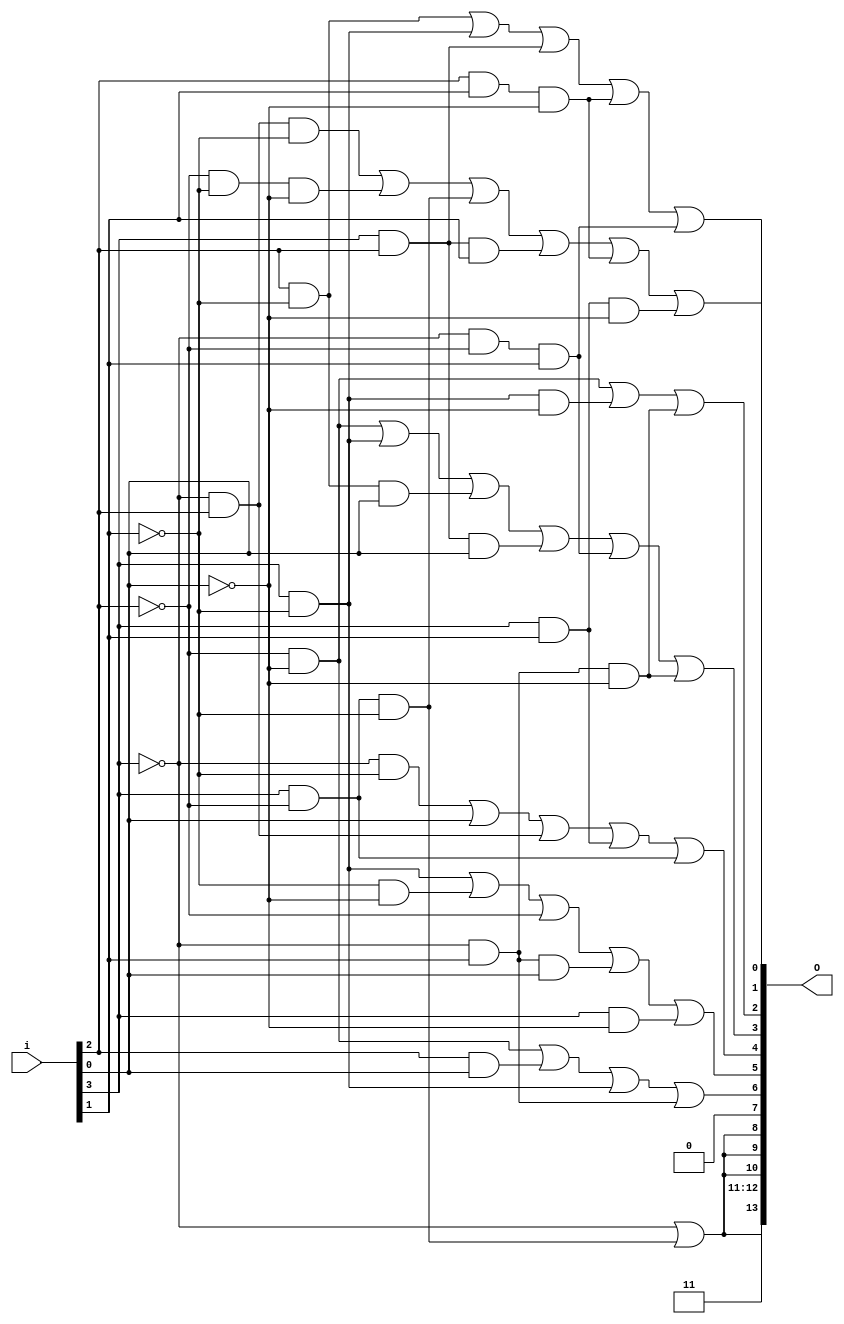
module BINtoDual7Seg(i, O);

// Decode 4 bit binary number from range 0..15
// to a dual 7 segment display signal.
//
// Input is a binary number with most significant
// number on the left position.
//
// Output is a vector with first 7 bits to higher
// order display, and second 7 to a second display.

input [3:0] i;
output [13:0] O;

wire w0;

assign
	w0    = ~i[3] | (i[3] & ~i[2] & ~i[1]),
	O[13] = w0,
	O[12] = 1,
	O[11] = 1,
	O[10] = w0,
	O[9]  = w0,
	O[8]  = w0,
	O[7]  = 0,
	
	O[6]  = (~i[2] & ~i[0]) | (i[2] & i[0]) | (i[3] & ~i[1]) | (~i[3] & i[1]),
	O[5]  = (i[3] & ~i[1]) | (~i[1] & ~i[0]) | ~i[2] |
		(~i[3] & i[1] & i[0]) | (i[3] & ~i[0]),
	O[4]  = (~i[3] & ~i[1]) | i[0] | (~i[3] & i[2]) | (i[3] & i[1]) | (i[3] & ~i[2]),
	O[3]  = (~i[2] & ~i[0]) | (i[3] & ~i[1]) | (i[2] & ~i[1] & i[0]) |
		(i[3] & i[2] & i[0]) | (~i[3] & ~i[2] & i[1]) | (~i[3] & i[1] & ~i[0]),
	O[2]  = (~i[2] & ~i[0]) | (i[3] & ~i[1] & ~i[0]) | (~i[3] & i[1] & ~i[0]),
	O[1]  = (~i[3] & i[2] & ~i[1]) | (~i[2] & ~i[1] & ~i[0]) |
		(i[3] & ~i[2] & ~i[1]) | (i[3] & i[2] & i[1]) | (i[2] & i[1] & ~i[0]) |
		(i[3] & i[1] & ~i[0]),
	O[0]  = (i[2] & ~i[1]) | (i[3] & ~i[1]) | (i[3] & i[2]) |
		(i[2] & i[1] & ~i[0]) | (~i[3] & ~i[2] & i[1]);
	
endmodule